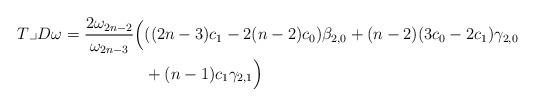
LaTeX: \begin{align*}T \lrcorner D\omega = \frac{2\omega_{2n-2}}{\omega_{2n-3}} \Big( &((2n-3)c_1 -2(n-2)c_0) \beta_{2,0}+ (n-2)(3c_0-2c_1) \gamma_{2,0} \\ & + (n-1)c_1 \gamma_{2,1} \Big)\end{align*}